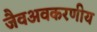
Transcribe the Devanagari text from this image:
जैवअवकरणीय